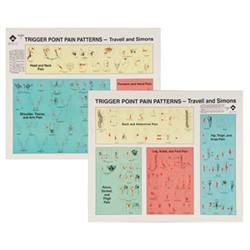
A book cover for Trigger Points of Pain: Wall Charts (Set of 2); Janet Travell MD; Medical Books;